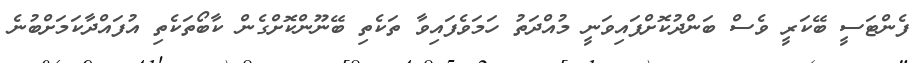
ފެންޓަސީ ބޭކަރީ ވެސް ބަންދުކޮށްފައިވަނީ މުއްދަތު ހަމަވެފައިވާ ތަކެތި ބޭނޫންކޮށްގެން ކާބޯތަކެތި އުފައްދާކަމަށްބުނެ